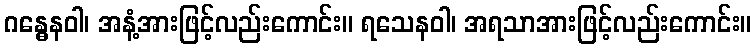
ဂန္ဓေနဝါ၊ အနံ့အားဖြင့်လည်းကောင်း။ ရသေနဝါ၊ အရသာအားဖြင့်လည်းကောင်း။